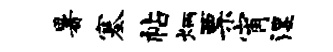
暑塞帖炳票宵湿